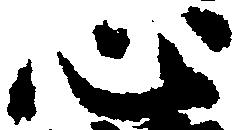
心